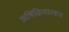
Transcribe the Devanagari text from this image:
अभिक्रियात्कत